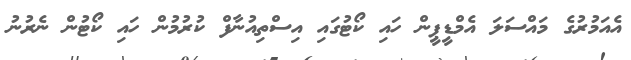
އެއަމުރުގެ މައްސަލަ އެމްޑީޕީން ހައި ކޯޓުގައި އިސްތިއުނާފް ކުރުމުން ހައި ކޯޓުން ނެރުނު